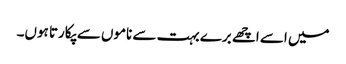
میں اسے اچھے برے بہت سے ناموں سے پکارتا ہوں۔